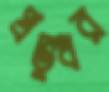
প্রভুধর